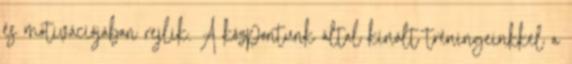
és motivációjában rejlik. A központunk által kínált tréningeinkkel a